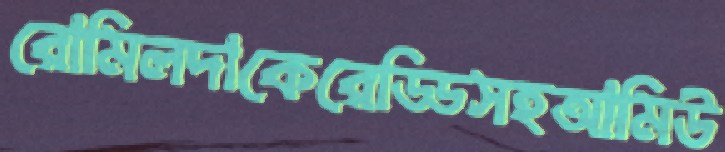
রোমিলদাকেরেড্ডিসহআমিউ